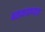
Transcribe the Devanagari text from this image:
बळकावण्यात